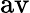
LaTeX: \mathrm{av}